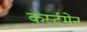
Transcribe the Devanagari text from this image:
कर्स्टमेन